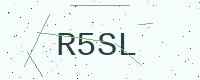
Text: R5SL